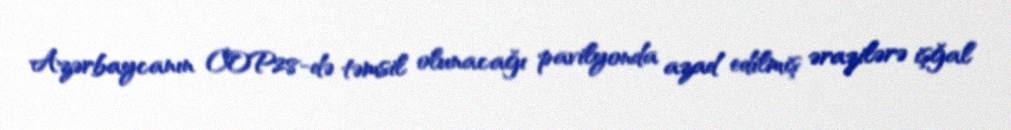
Azərbaycanın COP28-də təmsil olunacağı pavilyonda azad edilmiş ərazilərə işğal